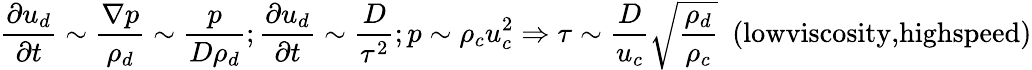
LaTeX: \frac{\partial u_{d}}{\partial t}\sim\frac{\nabla p}{\rho_{d}}\sim\frac{p}{D\rho_{d}};\frac{\partial u_{d}}{\partial t}\sim\frac{D}{\tau^{2}};p\sim\rho_{c}u_{c}^{2}\Rightarrow\tau\sim\frac{D}{u_{c}}\sqrt{\frac{\rho_{d}}{\rho_{c}}}~~(\textrm{lowviscosity,highspeed})